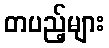
တပည့်များ